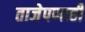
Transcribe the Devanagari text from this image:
ताजेपणाही